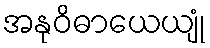
အနုဝိဓာယေယျုံ